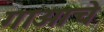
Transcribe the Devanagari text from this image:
गाओचे